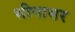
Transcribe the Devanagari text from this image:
भीनासर